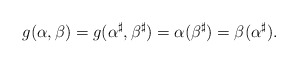
\begin{align*}g(\alpha,\beta)=g(\alpha^\sharp,\beta^\sharp)=\alpha(\beta^\sharp)=\beta(\alpha^\sharp).\end{align*}